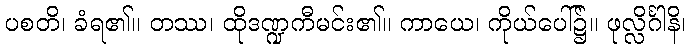
ပစတိ၊ ခံရ၏။ တဿ၊ ထိုဒဏ္ဍကီမင်း၏။ ကာယေ၊ ကိုယ်ပေါ်၌။ ဖုလ္လိင်္ဂါနိ၊